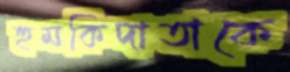
হুমকিদাতাকে